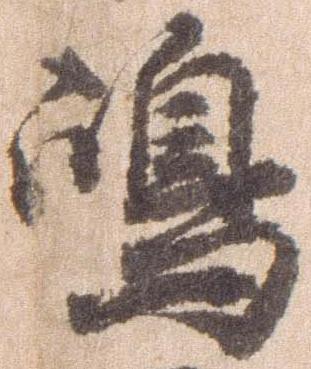
島